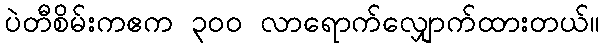
ပဲတီစိမ်းကဧက ၃ဝဝ လာရောက်လျှောက်ထားတယ်။